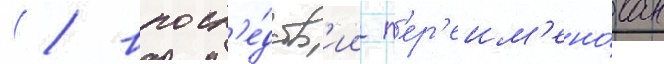
( / впосл'е́дств'ии п'ер'еим'ено́ван